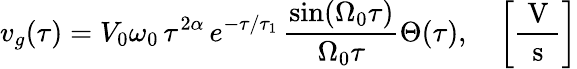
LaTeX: v_{g}(\tau)=V_{0}\omega_{0}\, \tau^{2\alpha}\, e^{-\tau/\tau_{1}}\, \frac{\sin(\Omega_{0}\tau)}{\Omega_{0}\tau}\Theta(\tau),\quad\left[\frac{\mathrm{~V~}}{\mathrm{~s~}}\right]